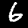
Digit: 6